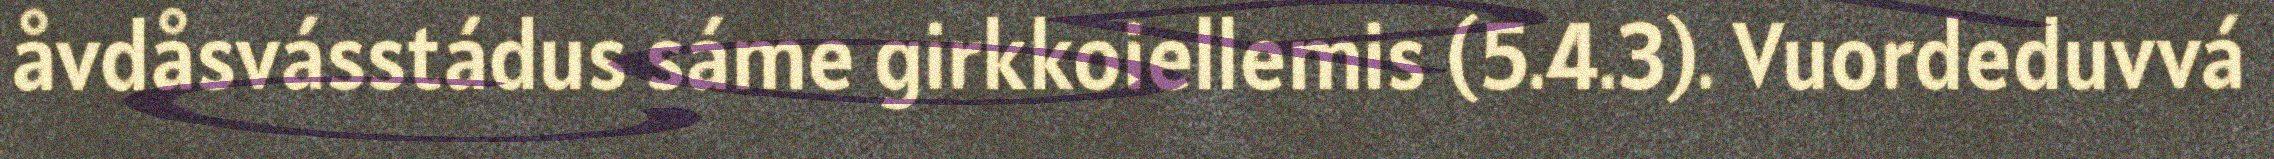
åvdåsvásstádus sáme girkkoiellemis (5.4.3). Vuordeduvvá